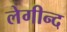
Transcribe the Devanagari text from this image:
लेगीन्द